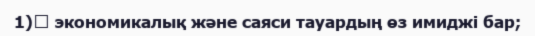
1)	 экономикалық және саяси тауардың өз имиджі бар;